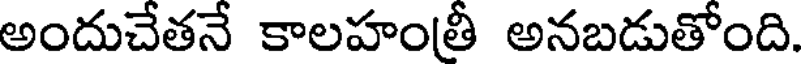
అందుచేతనే కాలహంతీ అనబడుతోంది.